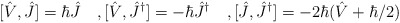
\begin{align*} [\hat{V},\hat{J}]=\hbar\hat{J}\quad,{} [\hat{V},\hat{J}^{\dagger}]=-\hbar\hat{J}^{\dagger}\quad,{} [\hat{J},\hat{J}^{\dagger}]=-2\hbar(\hat{V}+\hbar/2)\end{align*}